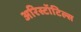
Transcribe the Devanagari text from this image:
अरिस्टॉटिल्स